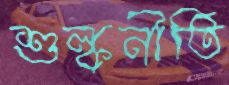
শুল্কনীতি